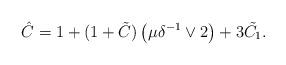
LaTeX: \begin{align*}\hat C &= 1 + (1 +\tilde{C})\left(\mu\delta^{-1}\vee 2\right)+ 3\tilde{C_1} .\end{align*}